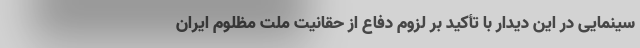
سینمایی در این دیدار با تأکید بر لزوم دفاع از حقانیت ملت مظلوم ایران